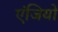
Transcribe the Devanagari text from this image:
एंजियो